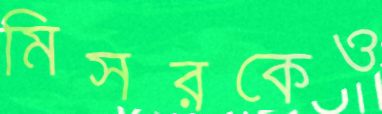
মিসরকেও